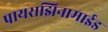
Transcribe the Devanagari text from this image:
पायराझिनामाईड